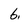
Character: 6